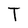
Character: T